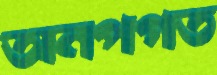
অনপগত